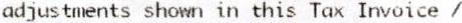
ADJUSTMENTS SHOWN IN THIS TAX INVOICE /